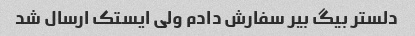
دلستر بیگ بیر سفارش دادم ولی ایستک ارسال شد